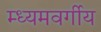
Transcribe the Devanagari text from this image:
म्ध्यमवर्गीय